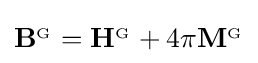
\mathbf {B} ^{_{\mathrm {G} }}=\mathbf {H} ^{_{\mathrm {G} }}+4\pi \mathbf {M} ^{_{\mathrm {G} }}